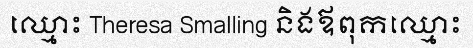
ឈ្មោះ Theresa Smalling និងឪពុកឈ្មោះ